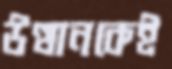
উত্থানকেই